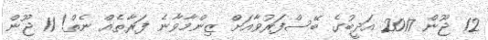
12 ޖޫން 2017 އަދީބުގެ ބޭސްފަރުވާއަށް ޒިންމާވާނެ ފަރާތެއް ނެތް! 11 ޖޫން